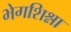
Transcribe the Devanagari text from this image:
भेगशिश्ना